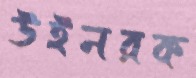
উইনরক